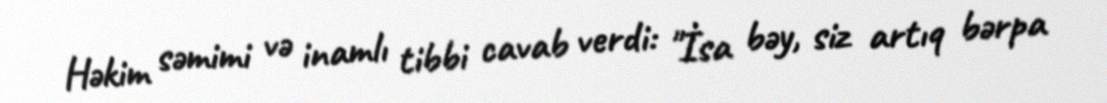
Həkim səmimi və inamlı tibbi cavab verdi: "İsa bəy, siz artıq bərpa